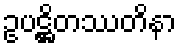
ဥပဋ္ဌိတဿတိနာ